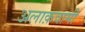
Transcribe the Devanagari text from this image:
अलाक़वामी